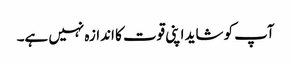
آپ کو شاید اپنی قوت کا اندازہ نہیں ہے۔